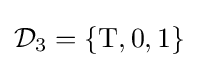
{\mathcal {D}}_{3}=\lbrace \operatorname {T} ,0,1\rbrace